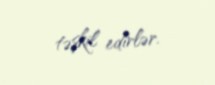
təşkil edirlər.